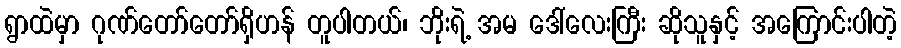
ရွာထဲမှာ ဂုဏ်တော်တော်ရှိဟန် တူပါတယ်၊ ဘိုးရဲ့ အမ ဒေါ်လေးကြီး ဆိုသူနှင့် အကြောင်းပါတဲ့